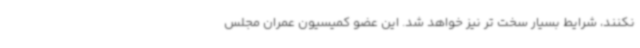
نکنند، شرایط بسیار سخت تر نیز خواهد شد. این عضو کمیسیون عمران مجلس